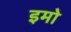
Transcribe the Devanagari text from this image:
इमो